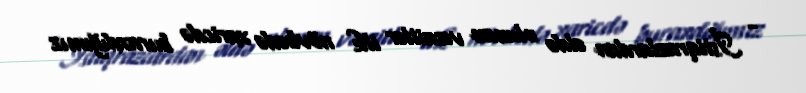
- İstiqrazlardan əldə olunan vəsaitlər ilk növbədə xaricdə buraxdığımız